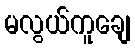
မလွယ်ကူချေ